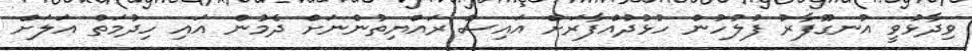
ވިދާޅުވީ އުނގޫފާރު ފުލުހުން ހުޅުދުއްފާރަށް އައިސް ރައްޔިތުންނަށް ދެމުން އައި ހިދުމަތް އަލަށް